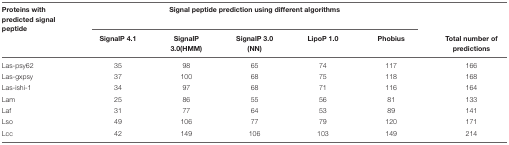
| Proteins with predicted signal peptide | <COLSPAN=5> Signal peptide prediction using different algorithms |  |
 |  | SignalP 4.1 | SignalP 3.0(HMM) | SignalP 3.0 (NN) | LipoP 1.0 | Phobius | Total number of predictions |
 | --- | --- | --- | --- | --- | --- | --- |
 | Las-psy62 | 35 | 98 | 65 | 74 | 117 | 166 |
 | Las-gxpsy | 37 | 100 | 68 | 75 | 118 | 168 |
 | Las-ishi-1 | 34 | 97 | 68 | 71 | 116 | 164 |
 | Lam | 25 | 86 | 55 | 56 | 81 | 133 |
 | Laf | 31 | 77 | 64 | 53 | 89 | 141 |
 | Lso | 49 | 106 | 77 | 79 | 120 | 171 |
 | Lcc | 42 | 149 | 106 | 103 | 149 | 214 |